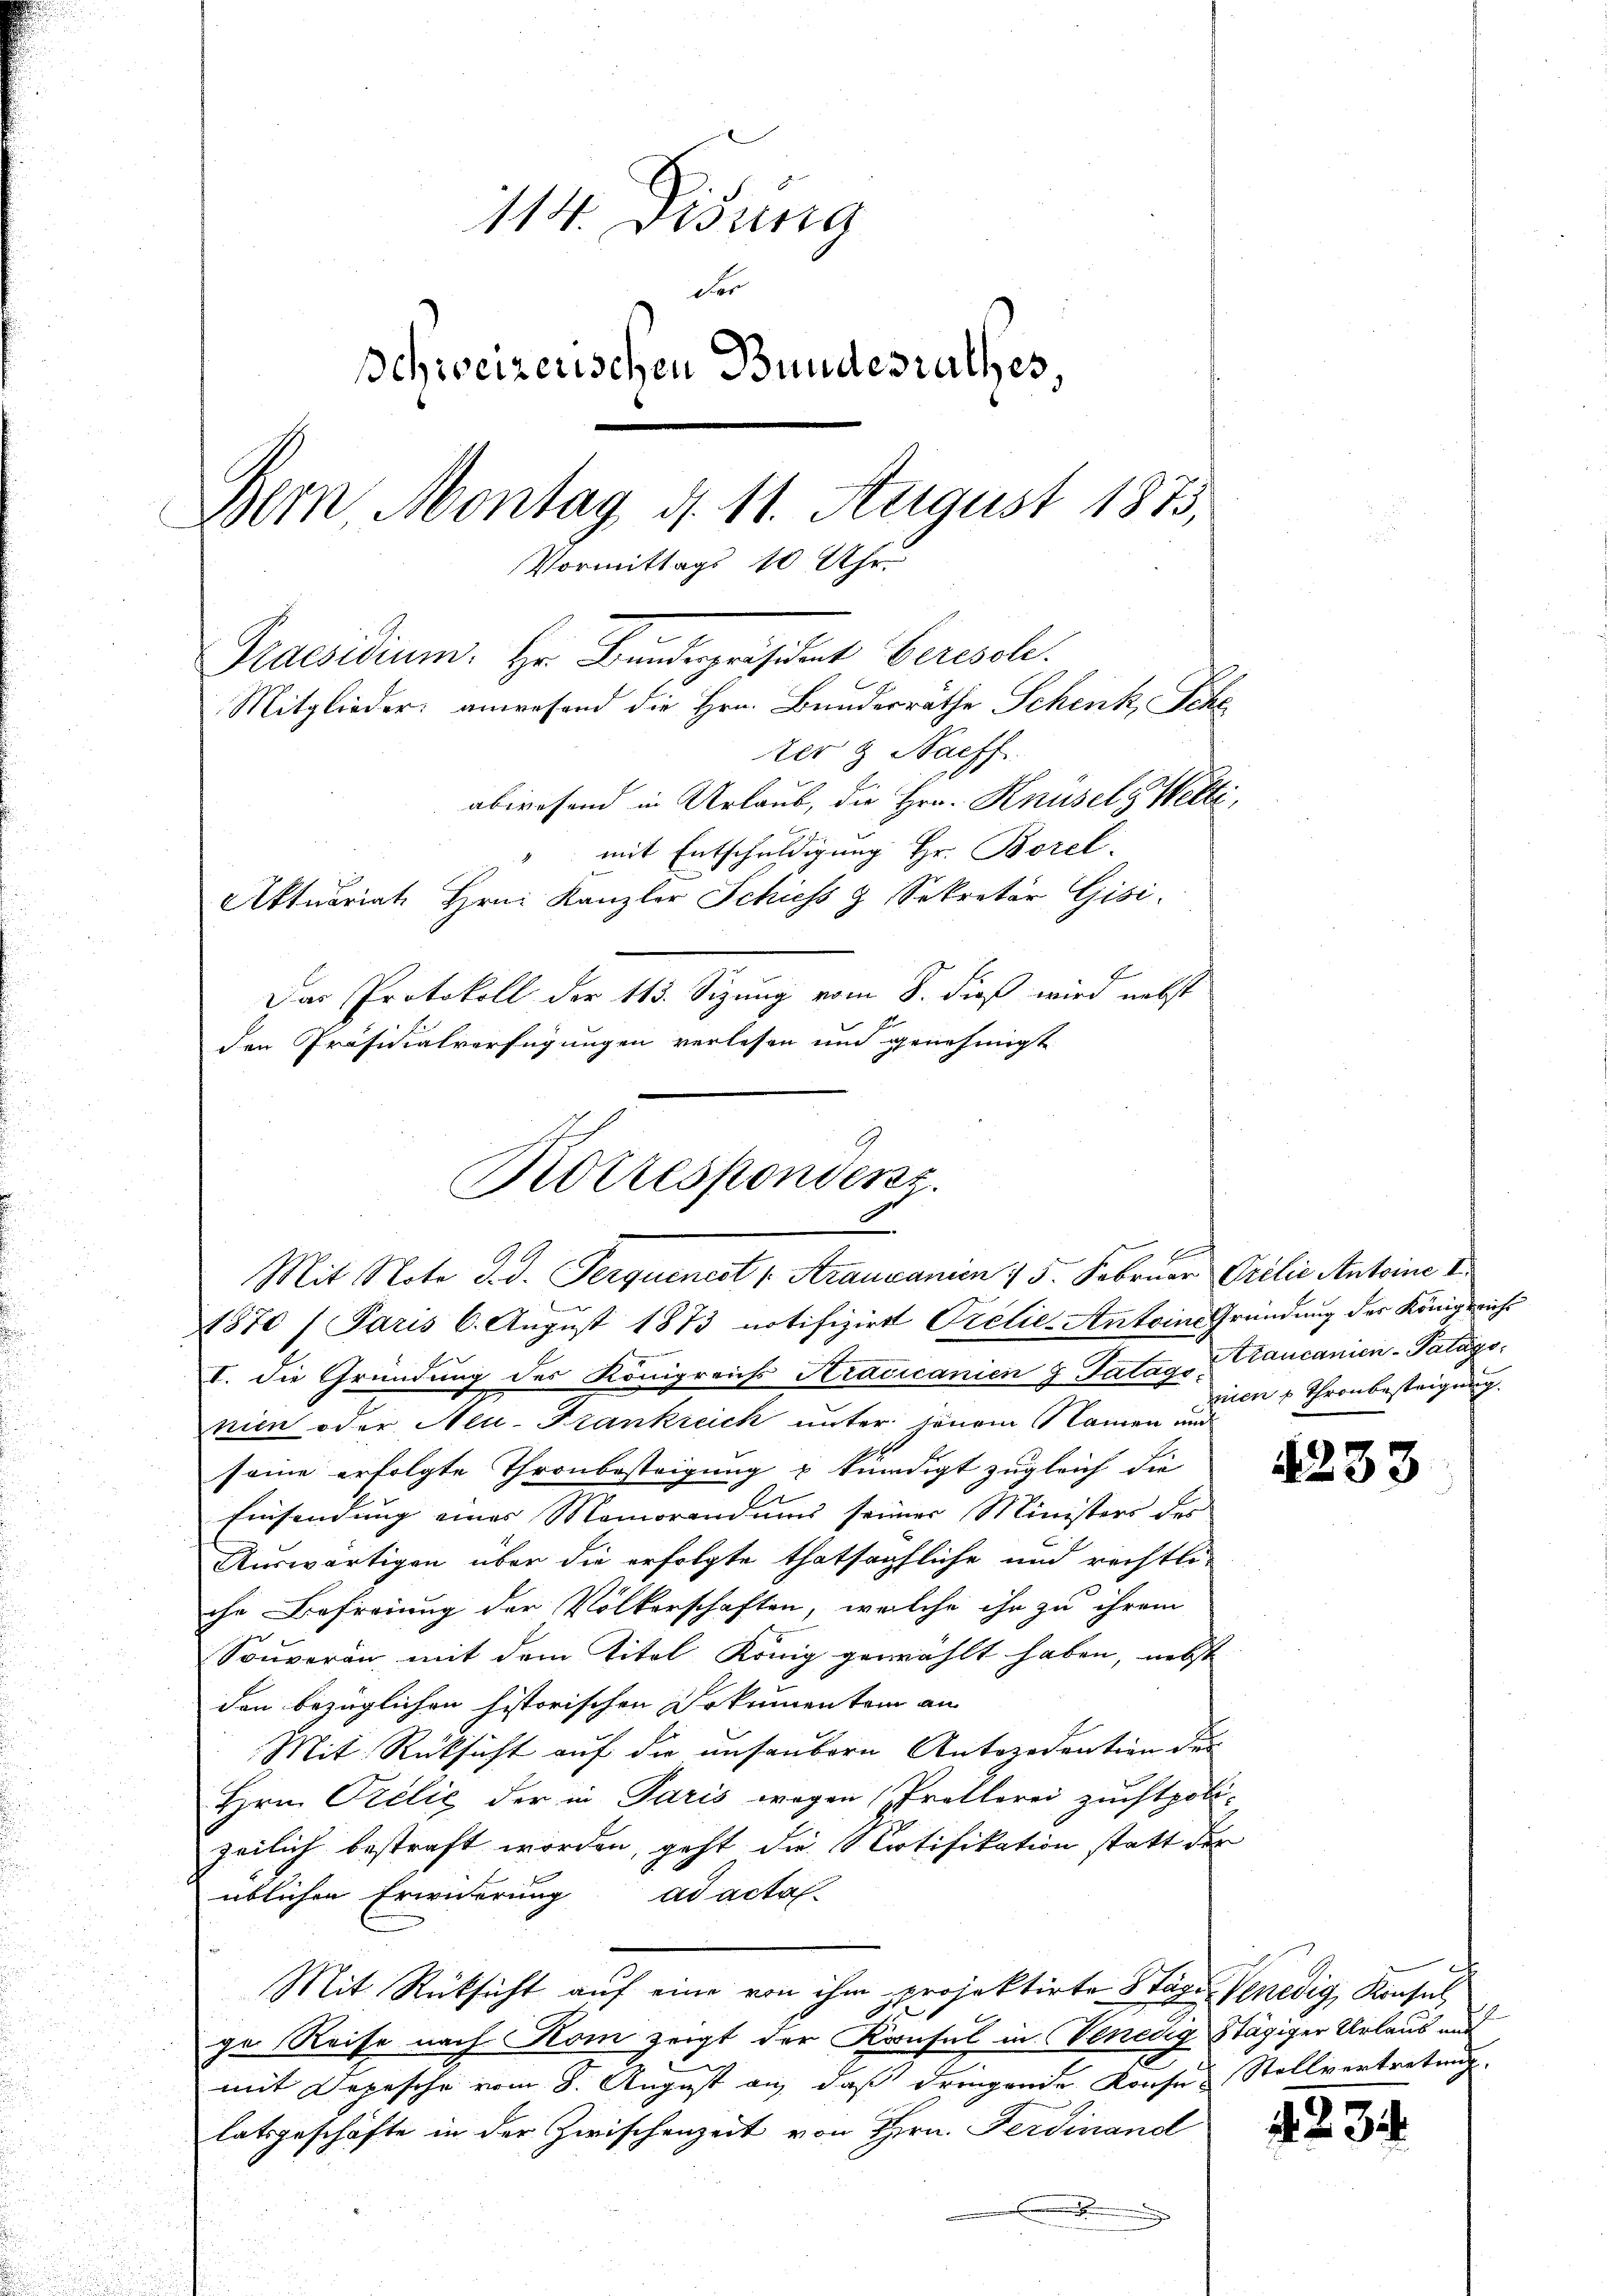
114. Disung
der
schweizerischen Bundesrathes,
Bern Montag, d. 11. August 1873,
Vormittags 10 Uhr
Praesidium. Hr. Bundepräsident beresol
Mitglieder: anwesend die Hrn. Bunderräthe Schenk, Sche
ter & Naeff
abwesend in Urlaub, die Hrn. Knüsels Welti,
mit Entschuldigung Hr. Borel.
4
Aktuariat Hrn. Kanzler Schiess 3 Sekretär Gisi-
Das Protokoll der 113. Sizung vom 8. dieß wird nebst
den Präsidialverfügungen verlesen und genehmigt

1870 / Paris 6. August 1873 notifizirt Orelie- Antoine Gründung der Königreicht
I. die Gründung des Königreichs Kracicanien 3 Fatag, Grancanien-Patágsnien oder Neu-Frankreich unter jenem Namen und
seine erfolgte Thronbesteigung u kündigt zugleich die
Einsendung eines Memorandums seiner Ministers der
Auswärtigen über die erfolgte thatsächliche und rechtliche Befreiung der Völkerschaften, welche ihn zu ihrem
Souveran mit dem Titel König gewählt haben, nebst
den bezüglichen historischen Dokumenten an
Mit Rücksicht auf die unsaubern Antozodention der
Hrn. Orelić der in Paris wegen (Prollorei zuchtpolizeilich bestraft worden, geht die Notifikation statt der
üblichen Erwiderung ad acta
Mit Rücksicht auf eine von ihm projektirte Stägen Venedig, Kiese
ge Reise nach Kom zeigt der Konsul in Venedig Stägiger Urlaus auf
mit Depesche vom 8. August an, daß dringende Konsen Stellvertretung.
latsgeschäfte in der Zwischenzeit von Hrn. Ferdinand
.

Korrespondenz.
Mit Note d. d. Perquinest ( Arauvanien 15. Februar Grelie Antoine

nien 2 Thronbesteigung.

4233

d

4834.